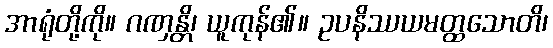
အာရုံတို့ကို။ ဂဏှန္တိ၊ ယူကုန်၏။ ဥပနိဿယမတ္ထသောတိ၊